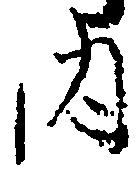
内